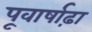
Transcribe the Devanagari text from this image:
पूवार्षाढ़ा